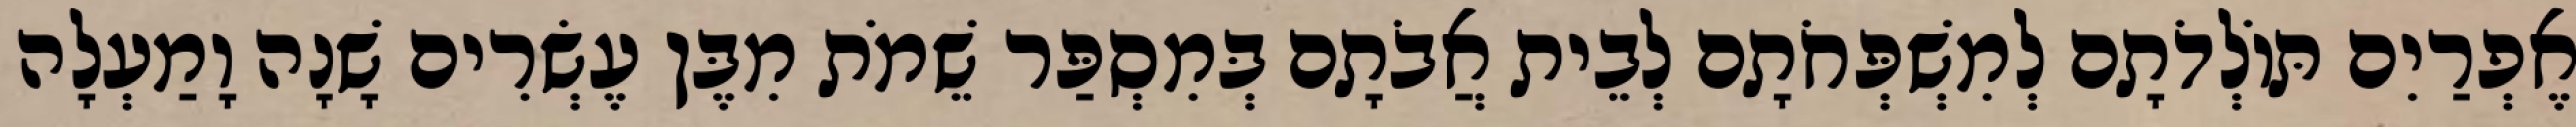
אֶפְרַיִם תּוֹלְדֹתָם לְמִשְׁפְּחֹתָם לְבֵית אֲבֹתָם בְּמִסְפַּר שֵׁמֹת מִבֶּן עֶשְׂרִים שָׁנָה וָמַעְלָה